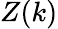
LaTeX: Z(k)